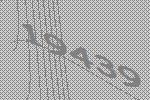
19439